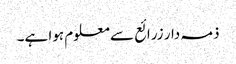
ذمہ دار زرائع سے معلوم ہوا ہے۔